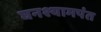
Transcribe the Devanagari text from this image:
घनश्यामपंत